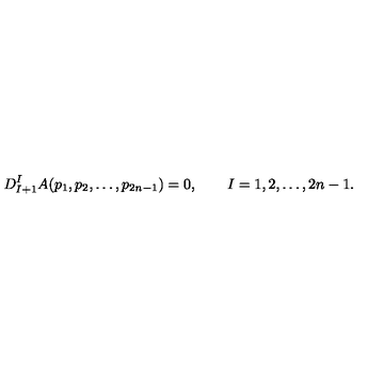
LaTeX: D _ { I + 1 } ^ { I } A ( p _ { 1 } , p _ { 2 } , \ldots , p _ { 2 n - 1 } ) = 0 , \qquad I = 1 , 2 , \ldots , 2 n - 1 .